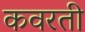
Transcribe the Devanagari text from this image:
कवरती